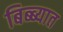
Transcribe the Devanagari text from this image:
बिब्ब्यात